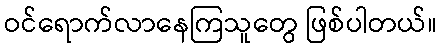
ဝင်ရောက်လာနေကြသူတွေ ဖြစ်ပါတယ်။